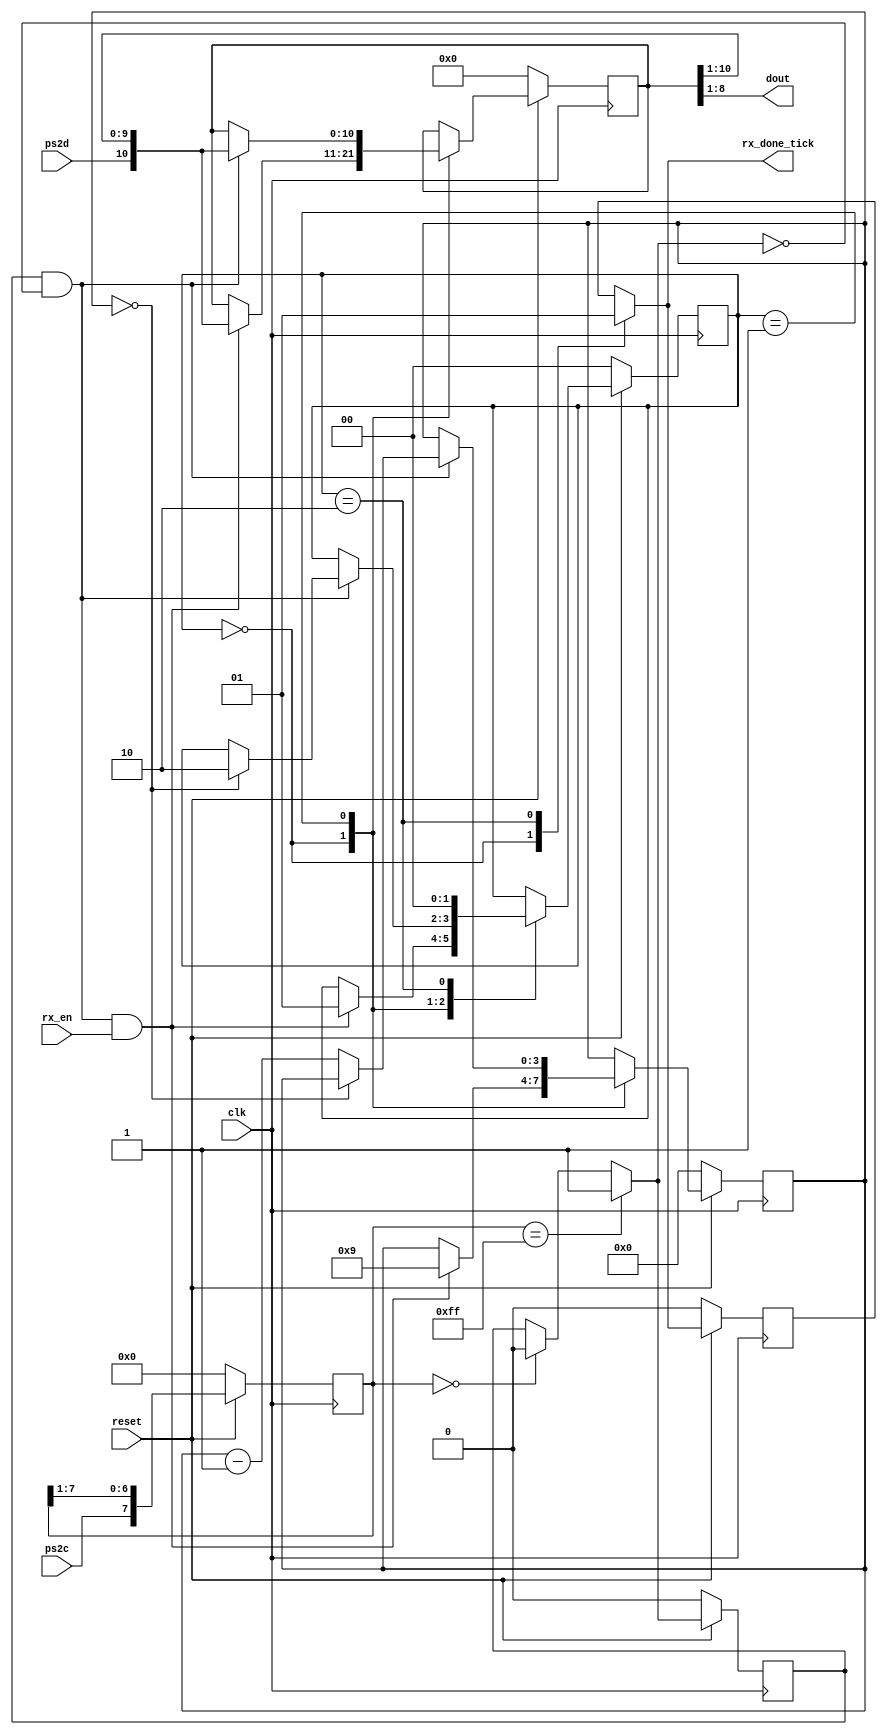

module ps2_rx(clk, reset, ps2d, ps2c, rx_en, rx_done_tick, dout);

	input wire clk, reset;
	input wire ps2d, ps2c, rx_en;
	output reg rx_done_tick;
	output wire [7:0] dout;
	
	//state declaration
	parameter
		rx_idle = 2'b00,
		dps  = 2'b01,  // data parity stop
		load = 2'b10;
		
	//signal declaration
	
	reg [1:0] rx_state_reg, rx_state_next;
	reg [7:0] rx_filter_reg;
	wire [7:0] rx_filter_next;
	reg rx_f_ps2c_reg;
	wire rx_f_ps2c_next;
	reg [3:0] rx_n_reg, rx_n_next;
	reg [10:0] rx_b_reg, rx_b_next;
	wire rx_fall_edge;
	
	reg rx_done_tick_reg;
	
	//body

	//filter and falling edge tick generation for ps2c
	
	always @(posedge clk)
	begin
		if (!reset)
		begin
			rx_filter_reg <= 0;
			rx_f_ps2c_reg <= 0;
		end
		else
		begin
			rx_filter_reg <= rx_filter_next;
			rx_f_ps2c_reg <= rx_f_ps2c_next;
		end
	end
	
	assign rx_filter_next = {ps2c, rx_filter_reg[7:1]};
	assign rx_f_ps2c_next = (rx_filter_reg==8'b11111111) ? 1'b1 :
								(rx_filter_reg==8'b00000000) ? 1'b0 :
								rx_f_ps2c_reg;
								
   assign rx_fall_edge   = rx_f_ps2c_reg & ~rx_f_ps2c_next;
	
	//state and data registers
	
	always @(posedge clk)
	begin
		if (!reset)
		begin
			rx_state_reg <= rx_idle;
			rx_done_tick_reg <= 0;
			rx_n_reg <= 0;
			rx_b_reg <= 0;
		end
		else
		begin
			rx_state_reg <= rx_state_next;
			rx_done_tick_reg <= rx_done_tick;
			rx_n_reg <= rx_n_next;
			rx_b_reg <= rx_b_next;
		end
	end
	
	//next state logic
	always @(*)
	begin
		rx_state_next = rx_state_reg;
		rx_n_next = rx_n_reg;
		rx_b_next = rx_b_reg;
		rx_done_tick = rx_done_tick_reg;
		case (rx_state_reg)
			rx_idle:
			begin
					rx_done_tick = 1'b0;
					if (rx_fall_edge && rx_en)
					begin
						//shift in start bit
						rx_b_next = {ps2d, rx_b_reg[10:1]};
						rx_n_next = 4'b1001;
						rx_state_next = dps;
					end
			end
			dps: //8 data + 1 parity + 1 stop
					if (rx_fall_edge)
					begin
						rx_b_next = {ps2d, rx_b_reg[10:1]};
						if (rx_n_reg==0)
							rx_state_next = load;
						else
							rx_n_next = rx_n_reg - 1;
					end
			load:
				begin
					rx_state_next = rx_idle;
					rx_done_tick = 1'b1;
				end
		endcase
	end

	//output
	assign dout = rx_b_reg[8:1];  //data bits

endmodule